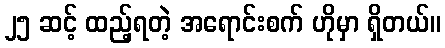
၂၅ ဆင့် ထည့်ရတဲ့ အရောင်းစက် ဟိုမှာ ရှိတယ်။